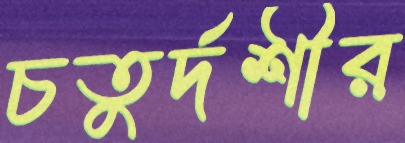
চতুর্দশীর